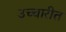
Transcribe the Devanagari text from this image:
उच्चारीत